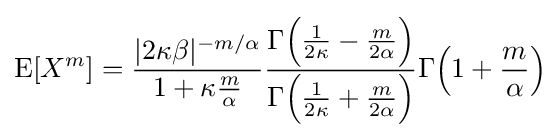
\operatorname {E} [X^{m}]={\frac {|2\kappa \beta |^{-m/\alpha }}{1+\kappa {\frac {m}{\alpha }}}}{\frac {\Gamma {\Big (}{\frac {1}{2\kappa }}-{\frac {m}{2\alpha }}{\Big )}}{\Gamma {\Big (}{\frac {1}{2\kappa }}+{\frac {m}{2\alpha }}{\Big )}}}\Gamma {\Big (}1+{\frac {m}{\alpha }}{\Big )}